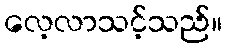
လေ့လာသင့်သည်။